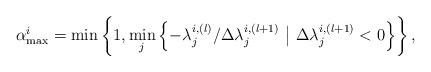
LaTeX: \begin{align*}\alpha_{\textrm{max}}^i = \textrm{min} \left\{ 1, \underset{j}{\textrm{min}} \left\{ -\lambda_j^{i,(l)}/\Delta \lambda_j^{i,(l+1)} \ \big | \ \Delta \lambda_j^{i,(l+1)}<0 \right\} \right\},\end{align*}